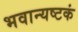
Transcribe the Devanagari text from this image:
भवान्यष्टकं